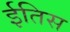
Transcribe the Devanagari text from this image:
ईतिस